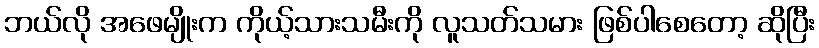
ဘယ်လို အဖေမျိုးက ကိုယ့်သားသမီးကို လူသတ်သမား ဖြစ်ပါစေတော့ ဆိုပြီး